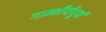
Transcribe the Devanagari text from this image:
गाम्भीर्यपूर्ण